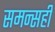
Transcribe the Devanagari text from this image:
समन्सही